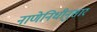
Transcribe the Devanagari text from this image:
नाणेनिधीनुसार